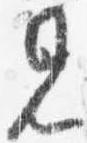
見